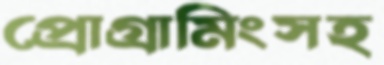
প্রোগ্রামিংসহ